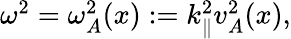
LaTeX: \begin{array}{r}{\omega^{2}=\omega_{A}^{2}(x):=k_{\parallel}^{2}v_{A}^{2}(x),}\end{array}